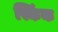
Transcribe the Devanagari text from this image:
स्किंक